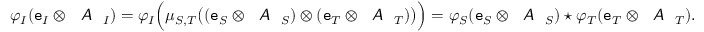
\varphi _ { I } ( \mathtt { e } _ { I } \otimes \emph { \textsf { A } } _ { I } ) = \varphi _ { I } \Big ( \mu _ { S , T } \big ( ( \mathtt { e } _ { S } \otimes \emph { \textsf { A } } _ { S } ) \otimes ( \mathtt { e } _ { T } \otimes \emph { \textsf { A } } _ { T } ) \big ) \Big ) = \varphi _ { S } ( \mathtt { e } _ { S } \otimes \emph { \textsf { A } } _ { S } ) \star \varphi _ { T } ( \mathtt { e } _ { T } \otimes \emph { \textsf { A } } _ { T } ) .